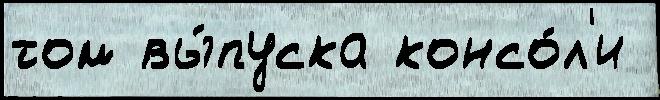
том вы́пуска консо́л'и